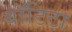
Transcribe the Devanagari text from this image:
बाॅटिटा